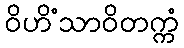
ဝိဟိံသာဝိတက္ကံ